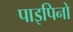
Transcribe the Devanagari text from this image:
पाइपिनो